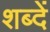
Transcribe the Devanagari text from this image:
शब्दें